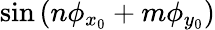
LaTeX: \sin{(n\phi_{x_{0}}+m\phi_{y_{0}})}